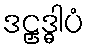
ဒဠှဒ္ဓါပံ